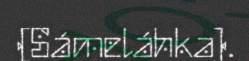
(Sámeláhka).